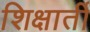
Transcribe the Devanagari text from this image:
शिक्षार्ती